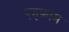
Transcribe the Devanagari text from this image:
एहक़ाम